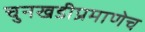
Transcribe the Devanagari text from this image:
चुनखडीप्रमाणेच